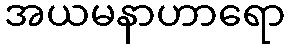
အယမနာဟာရော